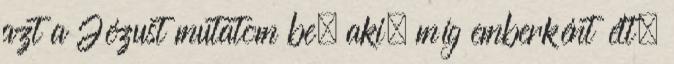
azt a Jézust mutatom be, aki, míg emberként élt,